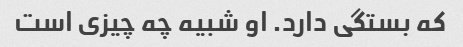
که بستگی دارد. او شبیه چه چیزی است